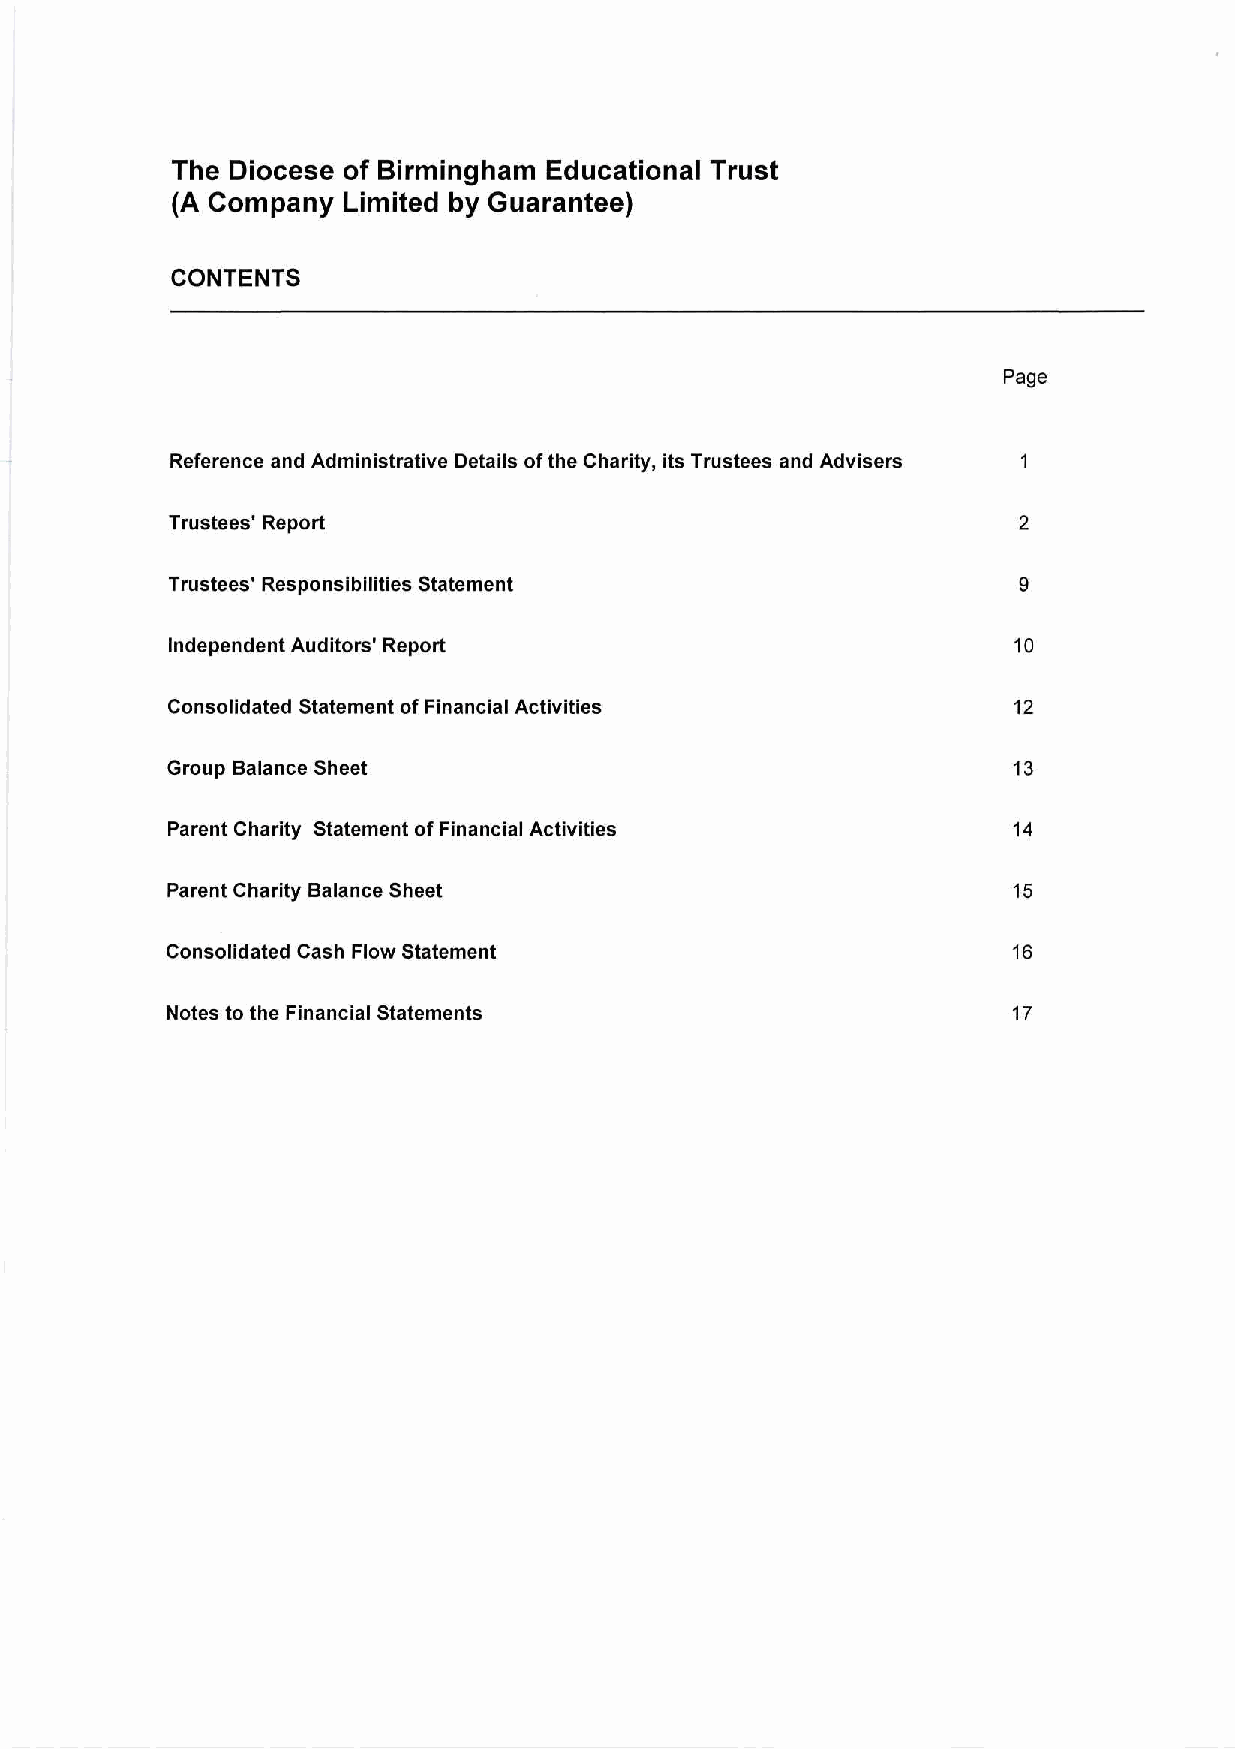
The Diocese of Birmingham Educational Trust
 (A Company  Limited by Guarantee)
 CONTENTS
 Page
 Reference and Administrative Details of the Charity, its Trustees and Advisers 1
 Trustees' Report                                        2
 Trustees' Responsibilities Statement                    9
 Independent Auditors' Report                            10
 Consolidated Statement of Financial Activities          12
 Group Balance Sheet                                     13
 Parent Charity Statement of Financial Activities        14
 Parent Charity Balance Sheet                            15
 Consolidated Cash Flow Statement                        16
 Notes to the Financial Statements                       17